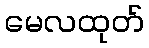
မေလထုတ်